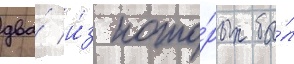
два́ и́з кото́рых бы́л